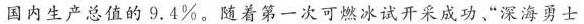
国内生产总值的9.4%。随着第一次可燃冰试开采成功”深海勇士